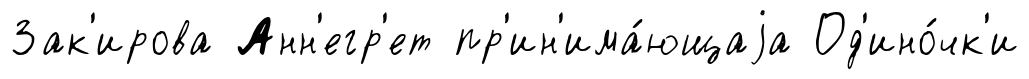
Зак'ирова Анн'егр'ет пр'ин'има́ющаjа Од'ино́чк'и